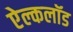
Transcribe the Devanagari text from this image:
ऐल्कलॉड